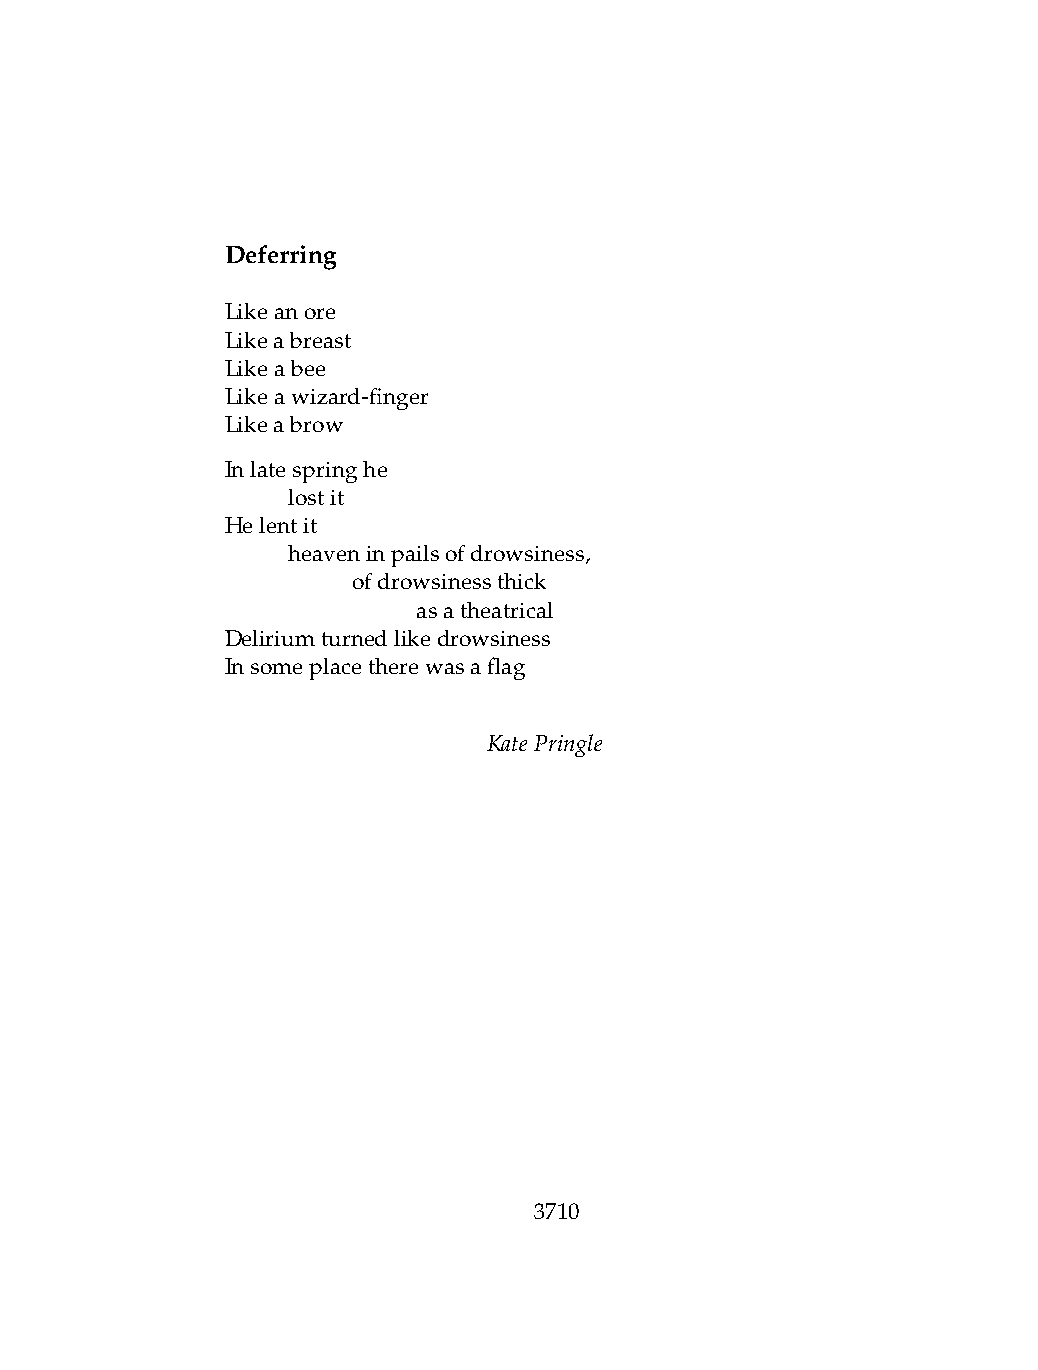
Deferring
 Likeanore
 Likeabreast
 Likeabee
 Likeawizard-finger
 Likeabrow
 Inlatespringhe
 .   lostit
 Helentit
 .   heaveninpailsofdrowsiness,
 .   .   ofdrowsinessthick
 .   .   .    asatheatrical
 Deliriumturnedlikedrowsiness
 Insomeplacetherewasaflag
 KatePringle
 3710